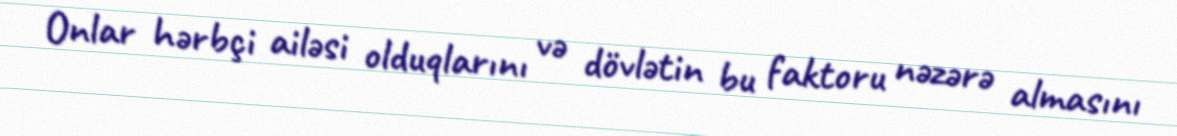
Onlar hərbçi ailəsi olduqlarını və dövlətin bu faktoru nəzərə almasını